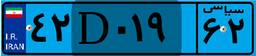
۴۲D۰۱۹۶۲